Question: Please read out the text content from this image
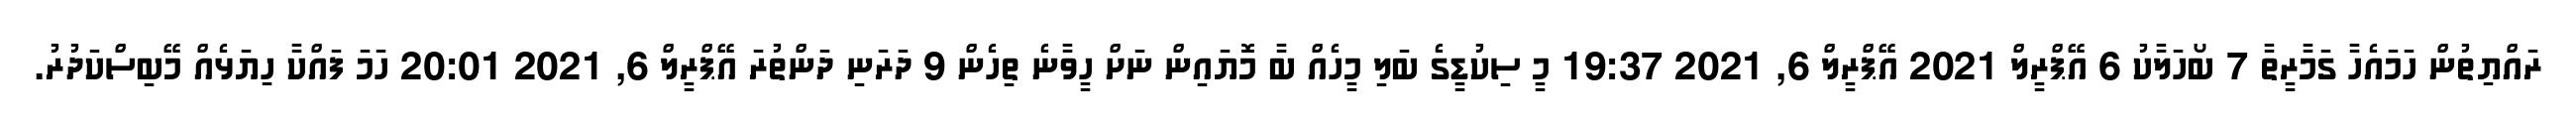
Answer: ރައްޔިތުން ހަމައެހާ ގަމާރީތާ 7 ބޯހަލާކު 6 އޭޕްރީލް 2021 އޭޕްރީލް 6, 2021 19:37 މީ ސިކުޑީގެ ބަލި މީހެއް ބާ މޮޔައިން ނަށް ހީވާނެ ތިހެން 9 ދަރަނި ދަންތުރަ އޭޕްރީލް 6, 2021 20:01 ހަމަ ފައްކާ ހިޔަޅެއް މޭބިސްކަދުރު.